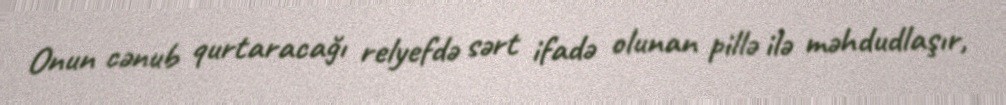
Onun cənub qurtaracağı relyefdə sərt ifadə olunan pillə ilə məhdudlaşır,